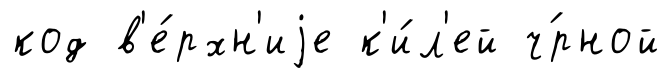
код в'е́рхн'иjе к'и́л'ей ч́рной